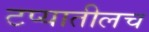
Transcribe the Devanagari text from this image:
टप्यातीलच